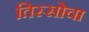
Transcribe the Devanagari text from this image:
तिस्सोचा